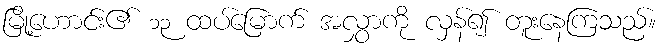
မြို့ဟောင်း၏ ၁၃ ထပ်မြောက် အလွှာကို လှန်၍ တူးနေကြသည်။